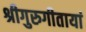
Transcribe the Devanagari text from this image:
श्रीगुरुगीतायां